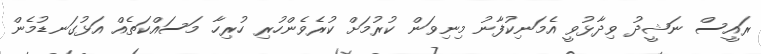
ރައީސް ނަޝީދު ވިދާޅުވީ އެމަނިކުފާނު މިނިވަން ކުރުމަށް ކުރެވެންހުރި ހުރިހާ މަސައްކަތެއް އަޅުގަނޑުމެން